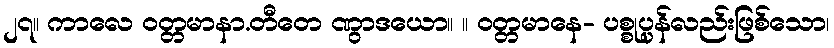
၂၇။ ကာလေ ဝတ္တမာနာ.တီတေ ဏွာဒယော။ ။ ဝတ္တမာနေ- ပစ္စုပ္ပန်လည်းဖြစ်သော၊